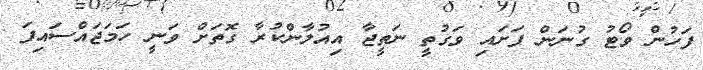
ފަހުން ވޯޓު ގުނަން ފަށައި ވަގުތީ ނަތީޖާ އިއުލާންކުރާ ގޮތަށް ވަނީ ހަމަޖައްސައިފަ